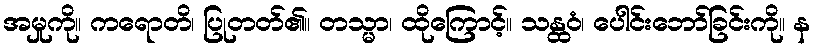
အမှုကို။ ကရောတိ၊ ပြုတတ်၏။ တသ္မာ၊ ထိုကြောင့်။ သန္ထဝံ၊ ပေါင်းဘော်ခြင်းကို။ န